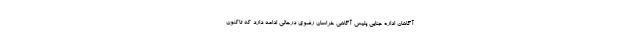
آگاهان اداره جنایی پلیس آگاهی خراسان رضوی درحالی ادامه دارد که تاکنون